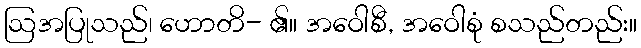
ဩအပြုသည်၊ ဟောတိ- ၏။ အဝေါစီ, အဝေါစုံ စသည်တည်း။